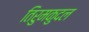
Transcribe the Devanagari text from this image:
तिरुमकुदल